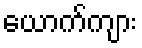
ယောက်ကျား